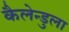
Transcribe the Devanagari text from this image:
कैलेन्डुला